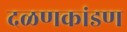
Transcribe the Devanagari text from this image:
दळणकांडण